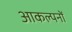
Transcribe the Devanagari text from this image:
आकल्पनों